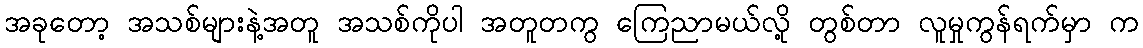
အခုတော့ အသစ်များနဲ့အတူ အသစ်ကိုပါ အတူတကွ ကြေညာမယ်လို့ တွစ်တာ လူမှုကွန်ရက်မှာ က